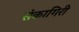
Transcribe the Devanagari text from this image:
संकागिरी